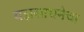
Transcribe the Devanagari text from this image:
यज्ञसाधनेचा